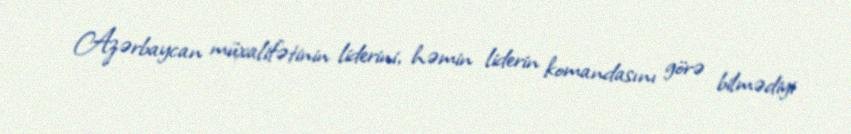
Azərbaycan müxalifətinin liderini, həmin liderin komandasını görə bilmədiyi